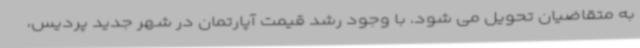
به متقاضیان تحویل می شود. با وجود رشد قیمت آپارتمان در شهر جدید پردیس،